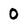
Character: 0